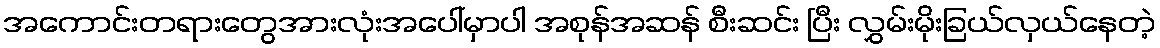
အကောင်းတရားတွေအားလုံးအပေါ်မှာပါ အစုန်အဆန် စီးဆင်း ပြီး လွှမ်းမိုးခြယ်လှယ်နေတဲ့